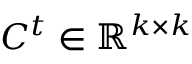
C ^ { t } \in \mathbb { R } ^ { k \times k }